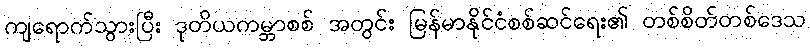
ကျရောက်သွားပြီး ဒုတိယကမ္ဘာစစ် အတွင်း မြန်မာနိုင်ငံစစ်ဆင်ရေး၏ တစ်စိတ်တစ်ဒေသ